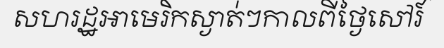
សហរដ្ឋអាមេរិកស្ងាត់ៗកាលពីថ្ងៃសៅរ៍